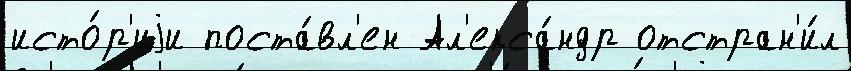
исто́р'иjи поста́вл'ен Ал'екса́ндр отстран'и́л